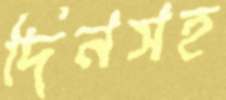
দিনসহ